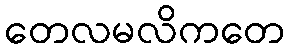
တေလမလိကတေ